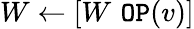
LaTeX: W\leftarrow[W\, \, \texttt{OP}(v)]